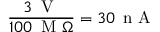
\frac { 3 \, \mathrm { ~ V ~ } } { 1 0 0 \, \mathrm { ~ M ~ } \Omega } = 3 0 \, \mathrm { ~ n ~ A ~ }